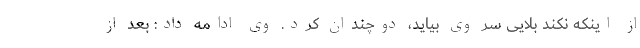
از اینکه نکند بلایی سر وی بیاید، دوچندان کرد. وی ادامه داد: بعد از